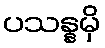
ပသန္နမှိ